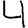
Digit: 4